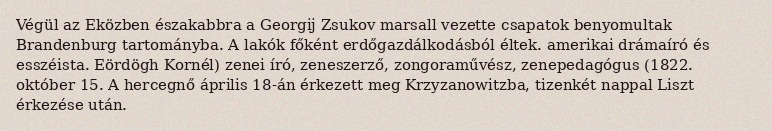
Végül az Eközben északabbra a Georgij Zsukov marsall vezette csapatok benyomultak Brandenburg tartományba. A lakók főként erdőgazdálkodásból éltek. amerikai drámaíró és esszéista. Eördögh Kornél) zenei író, zeneszerző, zongoraművész, zenepedagógus (1822. október 15. A hercegnő április 18-án érkezett meg Krzyzanowitzba, tizenkét nappal Liszt érkezése után.